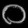
Digit: ၀